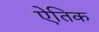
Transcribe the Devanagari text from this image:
ऐतिक